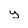
Character: y